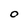
Character: O